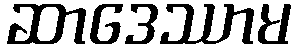
ဆာဒေဿာမ